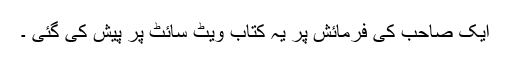
ایک صاحب کی فرمائش پر یہ کتاب ویٹ سائٹ پر پیش کی گئی ۔